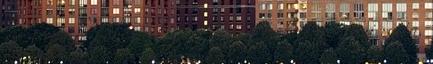
most egy folyóhoz érkezett, és nem tudott átmenni rajta,